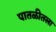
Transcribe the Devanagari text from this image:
पातळीतला